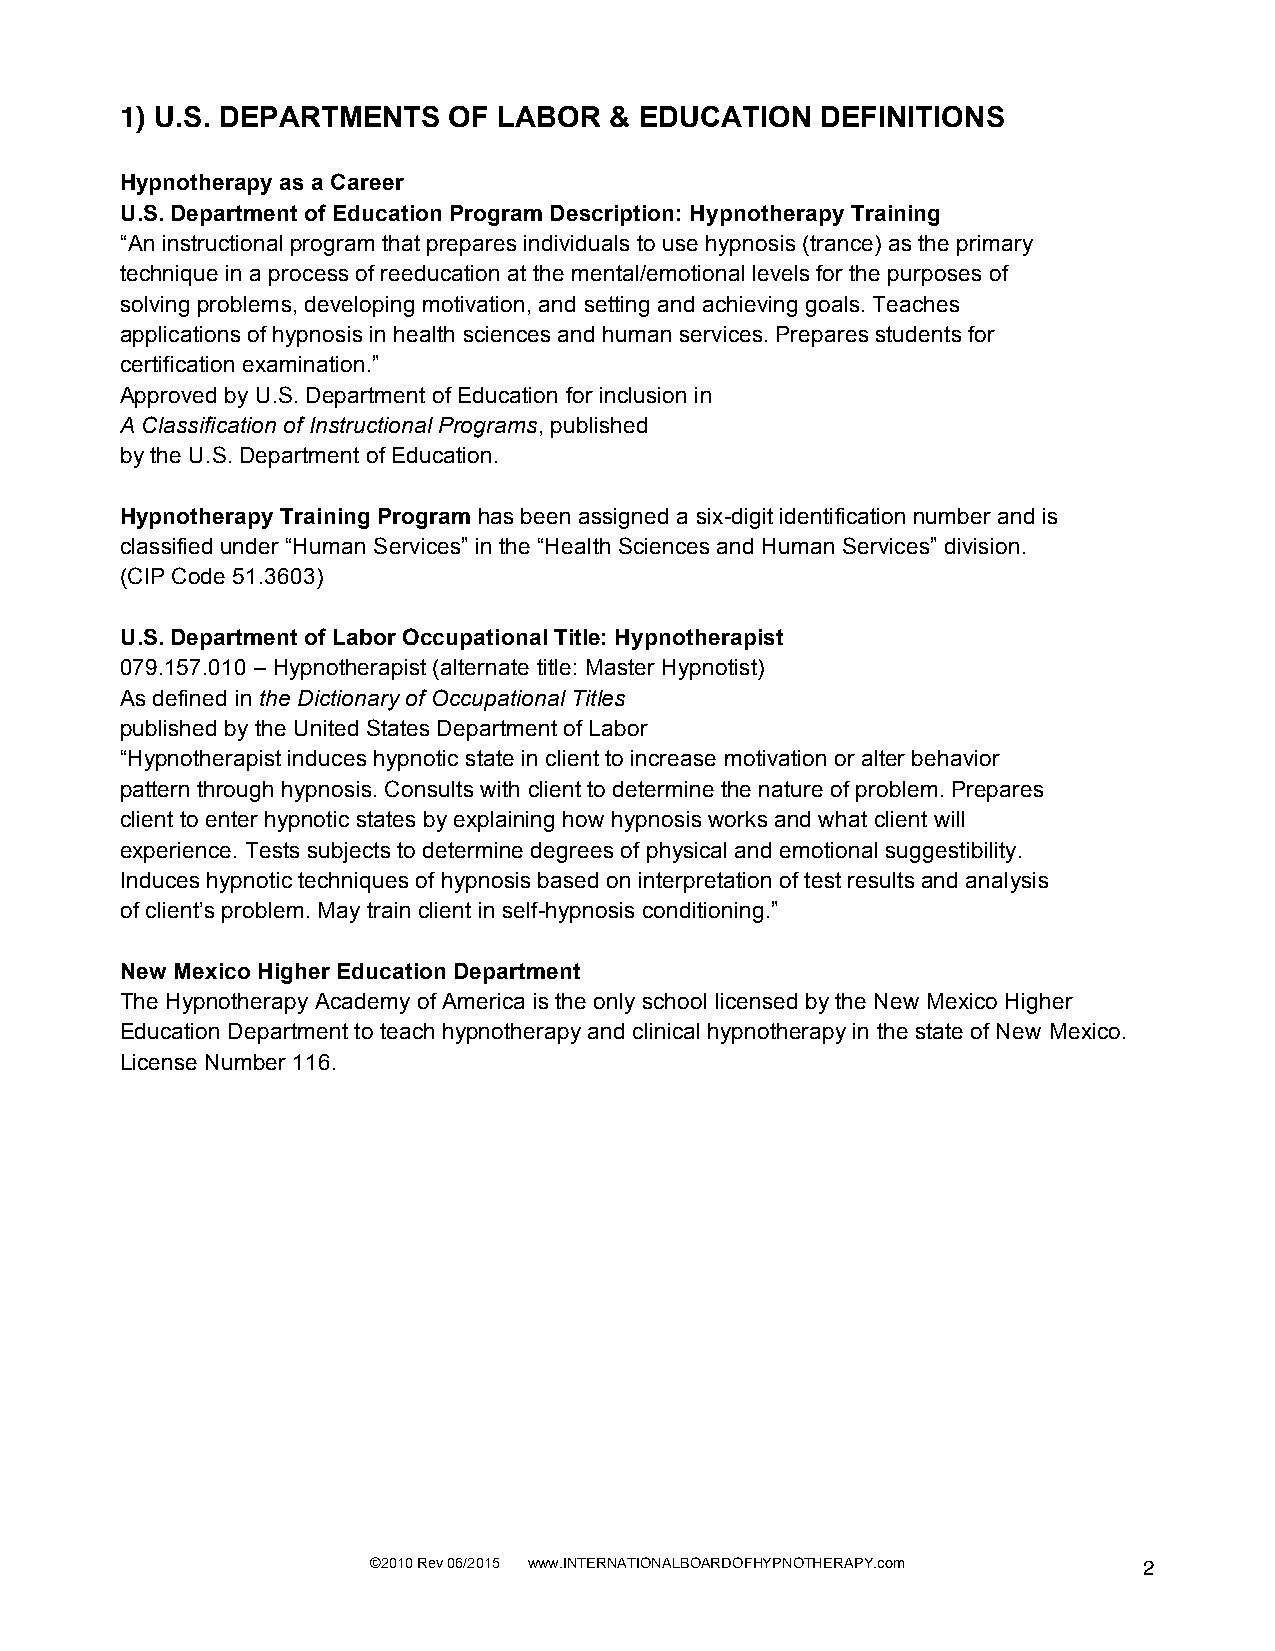
1) U.S. DEPARTMENTS   OF LABOR  & EDUCATION   DEFINITIONS
 Hypnotherapy as a Career
 U.S. Department of Education Program Description: Hypnotherapy Training
 “An instructional program that prepares individuals to use hypnosis (trance) as the primary
 technique in a process of reeducation at the mental/emotional levels for the purposes of
 solving problems, developing motivation, and setting and achieving goals. Teaches
 applications of hypnosis in health sciences and human services. Prepares students for
 certification examination.”
 Approved by U.S. Department of Education for inclusion in
 A Classification of Instructional Programs, published
 by the U.S. Department of Education.
 Hypnotherapy Training Program has been assigned a six-digit identification number and is
 classified under “Human Services” in the “Health Sciences and Human Services” division.
 (CIP Code 51.3603)
 U.S. Department of Labor Occupational Title: Hypnotherapist
 079.157.010 – Hypnotherapist (alternate title: Master Hypnotist)
 As defined in the Dictionary of Occupational Titles
 published by the United States Department of Labor
 “Hypnotherapist induces hypnotic state in client to increase motivation or alter behavior
 pattern through hypnosis. Consults with client to determine the nature of problem. Prepares
 client to enter hypnotic states by explaining how hypnosis works and what client will
 experience. Tests subjects to determine degrees of physical and emotional suggestibility.
 Induces hypnotic techniques of hypnosis based on interpretation of test results and analysis
 of client’s problem. May train client in self-hypnosis conditioning.”
 New Mexico Higher Education Department
 The Hypnotherapy Academy of America is the only school licensed by the New Mexico Higher
 Education Department to teach hypnotherapy and clinical hypnotherapy in the state of New Mexico.
 License Number 116.
 ©2010 Rev 06/2015 www.INTERNATIONALBOARDOFHYPNOTHERAPY.com 2